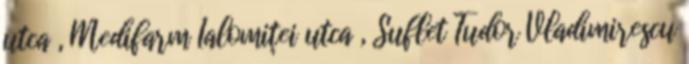
utca , Medifarm Ialomiței utca , Suflet Tudor Vladimirescu